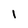
Character: 1